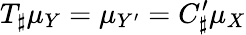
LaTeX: T_{\sharp}\mu_{Y}=\mu_{Y^{\prime}}=C_{\sharp}^{\prime}\mu_{X}